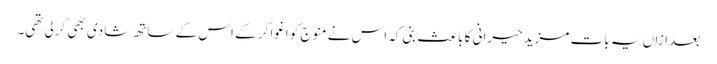
بعد ازاں یہ بات مزید حیرانی کا باعث بنی کہ اس نے منوج کو اغوا کر کے اس کے ساتھ شادی بھی کرلی تھی۔